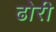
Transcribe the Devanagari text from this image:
ढोरी